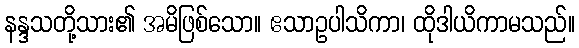
နန္ဒသတို့သား၏ အမိဖြစ်သော။ ဧသာဥပါသိကာ၊ ထိုဒါယိကာမသည်။